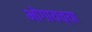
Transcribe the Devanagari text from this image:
भोगायच्या